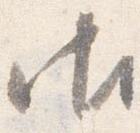
御